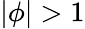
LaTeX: |\phi|>1